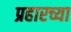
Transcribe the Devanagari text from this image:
प्रहारच्या